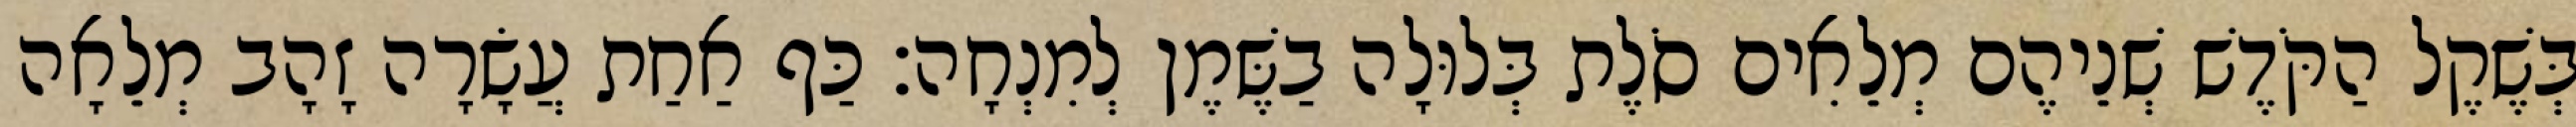
בְּשֶׁקֶל הַקֹּדֶשׁ שְׁנֵיהֶם מְלֵאִים סֹלֶת בְּלוּלָה בַשֶּׁמֶן לְמִנְחָה׃ כַּף אַחַת עֲשָׂרָה זָהָב מְלֵאָה